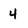
Character: 4